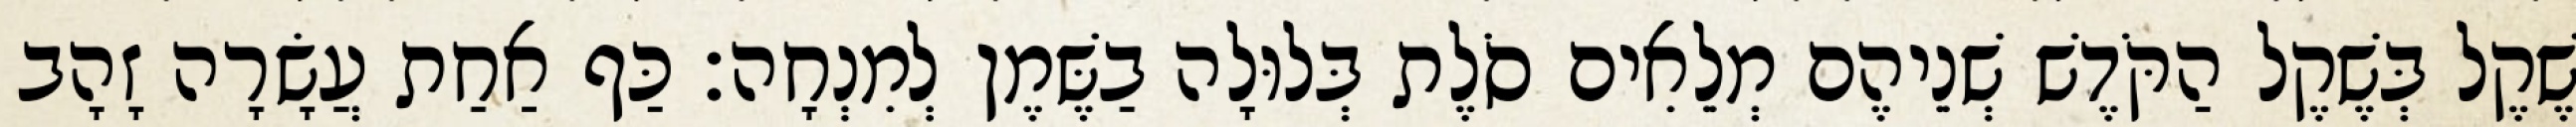
שֶׁקֶל בְּשֶׁקֶל הַקֹּדֶשׁ שְׁנֵיהֶם מְלֵאִים סֹלֶת בְּלוּלָה בַשֶּׁמֶן לְמִנְחָה׃ כַּף אַחַת עֲשָׂרָה זָהָב